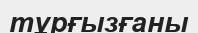
тұрғызғаны